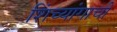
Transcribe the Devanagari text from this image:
शिंच्यांगाची